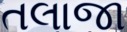
તલાજા